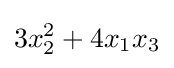
3x_{2}^{2}+4x_{1}x_{3}